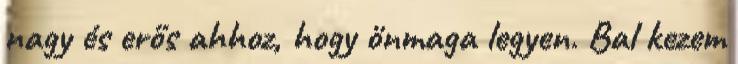
nagy és erős ahhoz, hogy önmaga legyen. Bal kezem